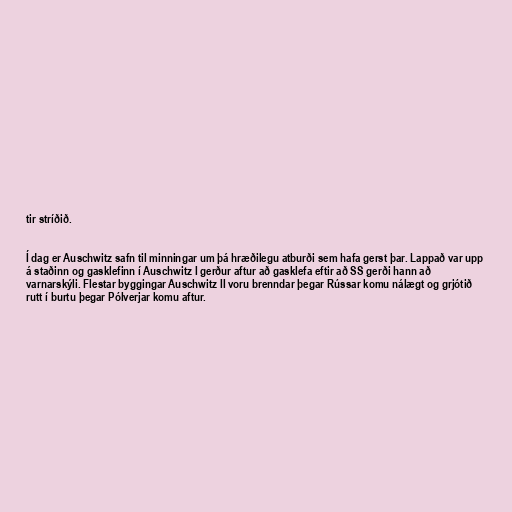
tir stríðið.

Í dag er Auschwitz safn til minningar um þá hræðilegu atburði sem hafa gerst þar. Lappað var upp
á staðinn og gasklefinn í Auschwitz I gerður aftur að gasklefa eftir að SS gerði hann að
varnarskýli. Flestar byggingar Auschwitz II voru brenndar þegar Rússar komu nálægt og grjótið
rutt í burtu þegar Pólverjar komu aftur.